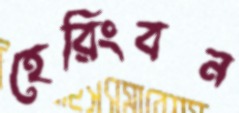
হেরিংবন